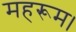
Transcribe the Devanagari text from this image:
महरूम।